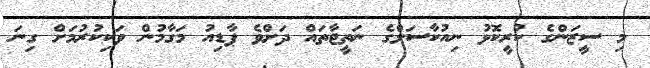
މި ސީޒަންގެ ކުރީކޮޅު ނިއުކާސަލްގެ ނަތީޖާތައް ދަށްވެ ޕާޑިއު މަގާމުން ވަކިކުރުމަށް ގިނަ